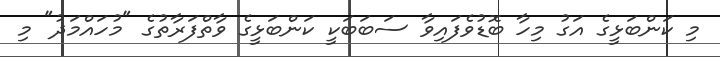
މި ކަންބަޅީގެ އަގު މިހާ ބޮޑުވެފައިވާ ސަބަބަކީ ކަންބަޅީގެ ވާތްފަރާތުގެ "މުހައްމަދު" މި